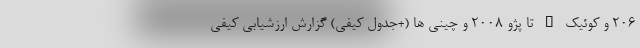
206 و کوئیک R تا پژو 2008 و چینی ها (+جدول کیفی) گزارش ارزشیابی کیفی